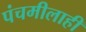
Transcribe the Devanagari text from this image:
पंचमीलाही